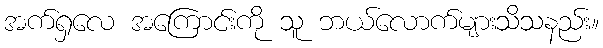
အက်ရှလေ အကြောင်းကို သူ ဘယ်လောက်များသိသနည်း။